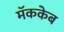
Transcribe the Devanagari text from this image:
मॅककेब